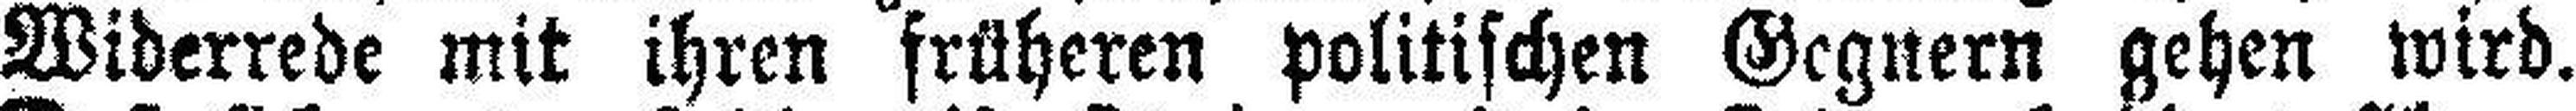
Widerrede mit ihren früheren politischen Gegnern gehen wird.